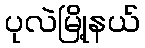
ပုလဲမြို့နယ်